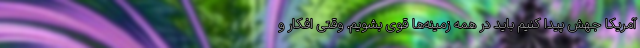
آمریکا جهش پیدا کنیم باید در همه زمینه‌ها قوی بشویم. وقتی افکار و